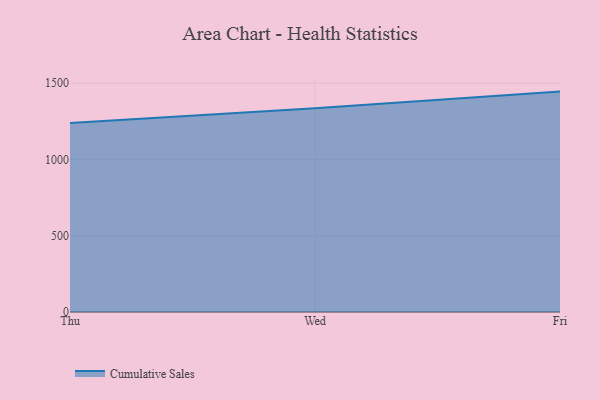
{"axis": {"x": "Day", "y": "Shipments"}, "legend": ["Cumulative Sales"], "data": [{"x": "Thu", "y": 1238.4, "type": "Cumulative Sales"}, {"x": "Wed", "y": 1335.4, "type": "Cumulative Sales"}, {"x": "Fri", "y": 1445.1, "type": "Cumulative Sales"}]}